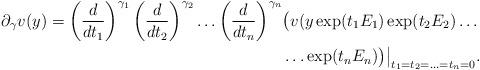
LaTeX: \begin{align*}\partial_{\gamma}v(y)=\left( \frac{d}{dt_1}\right)^{\gamma_1}\left( \frac {d}{dt_2}\right)^{\gamma_2}\ldots \left( \frac {d}{dt_n}\right)^{\gamma_n}&\bigl( v(y\exp(t_1E_1)\exp (t_2E_2)\ldots\\&\ldots \exp (t_nE_n)\bigr)\bigr\vert_{t_1=t_2=\ldots=t_n=0}.\end{align*}